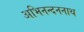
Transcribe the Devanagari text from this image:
अभिनन्दननाथ